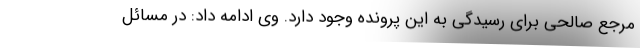
مرجع صالحی برای رسیدگی به این پرونده وجود دارد. وی ادامه داد: در مسائل